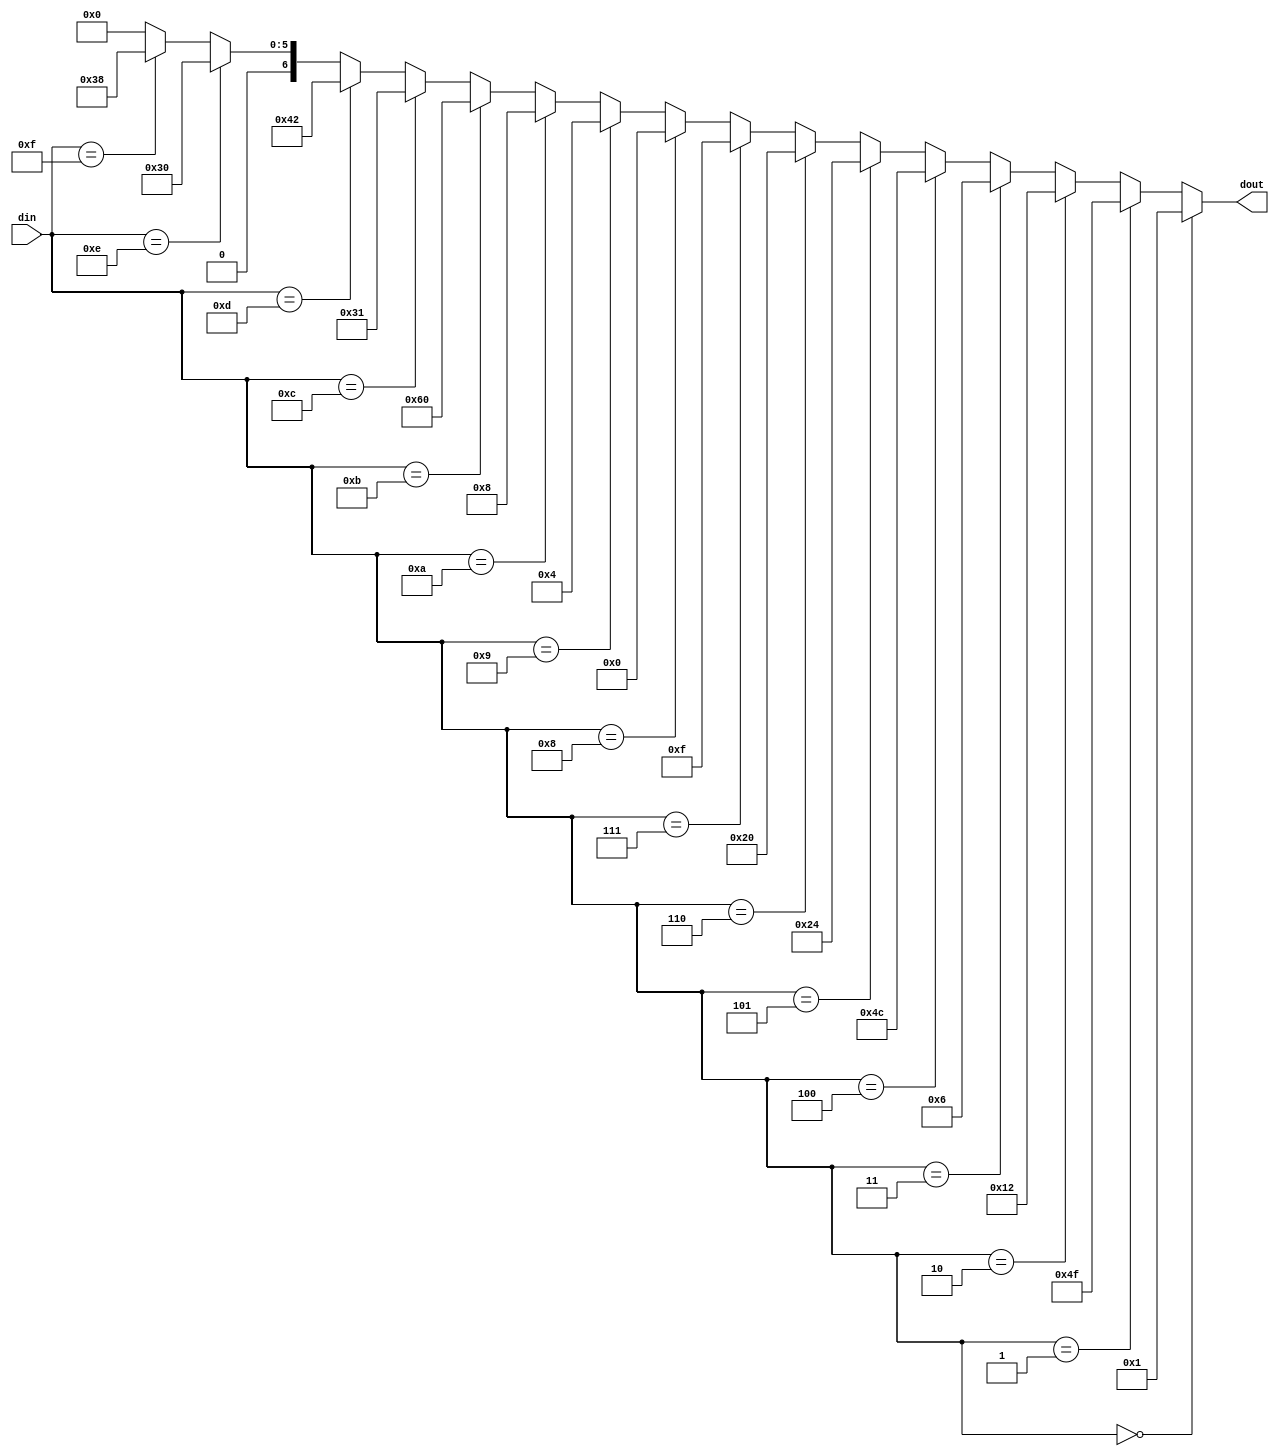
`timescale 1ns/1ns
module BCD7(din,dout);
input [3:0] din;
output [6:0] dout;

assign dout=(din==0)?~7'b111_1110:
            (din==1)?~7'b011_0000:
            (din==2)?~7'b110_1101:
            (din==3)?~7'b111_1001:
            (din==4)?~7'b011_0011:
            (din==5)?~7'b101_1011:
            (din==6)?~7'b101_1111:
            (din==7)?~7'b111_0000:
            (din==8)?~7'b111_1111:
            (din==9)?~7'b111_1011:
            (din==10)?~7'b111_0111:
            (din==11)?~7'b001_1111:
            (din==12)?~7'b100_1110:
            (din==13)?~7'b011_1101:
            (din==14)?~7'b100_1111:
            (din==15)?~7'b100_0111:7'b0;

endmodule